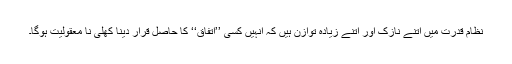
نظامِ قدرت میں اتنے نازک اور اتنے زیادہ توازن ہیں کہ انہیں کسی ’’اتفاق‘‘ کا حاصل قرار دینا کھلی نا معقولیت ہوگا۔